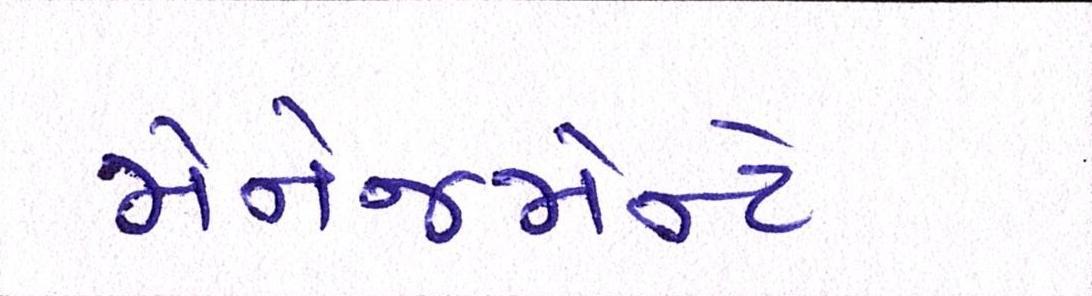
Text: મેનેજમેન્ટે